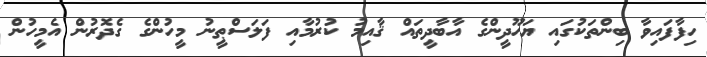
ހިފާފައިވާ ބިންތަކުގައި ޔަހޫދީންގެ އާބާދީތައް ޤާއިމު ކުރުމާއި ފަލަސްޠީނު މީހުންގެ ގެދޮރުން އެމީހުން